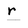
Character: r